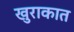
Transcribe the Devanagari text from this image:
खुराकात